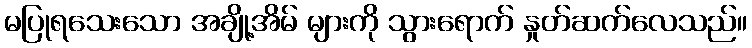
မပြုရသေးသော အချို့အိမ် များကို သွားရောက် နှုတ်ဆက်လေသည်။